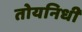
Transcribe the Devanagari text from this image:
तोयनिधी